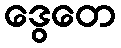
ဒွေတေ